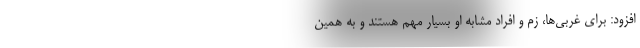
افزود: برای غربی‌ها، زم و افراد مشابه او بسیار مهم هستند و به همین